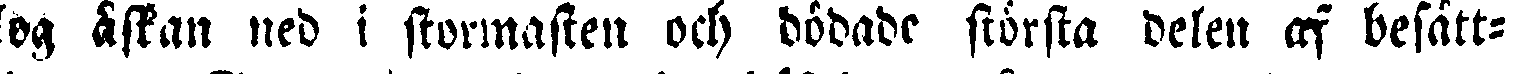
og, äskan ned i stormasten och dödade största delen af besätt-